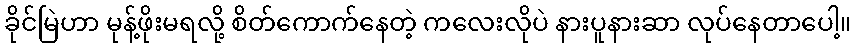
ခိုင်မြဲဟာ မုန့်ဖိုးမရလို့ စိတ်ကောက်နေတဲ့ ကလေးလိုပဲ နားပူနားဆာ လုပ်နေတာပေါ့။